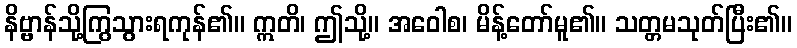
နိဗ္ဗာန်သို့ကြွသွားရကုန်၏။ ဣတိ၊ ဤသို့။ အဝေါစ၊ မိန့်တော်မူ၏။ သတ္တမသုတ်ပြီး၏။